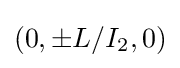
(0,\pm L/I_{2},0)